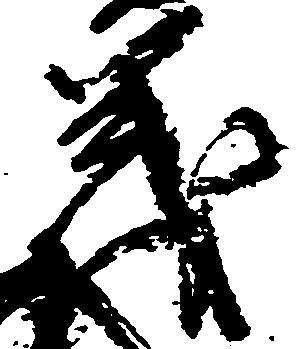
義